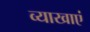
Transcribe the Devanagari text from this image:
व्याखाएं